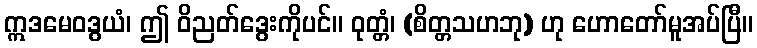
ဣဒမေဝဒွယံ၊ ဤ ဝိညတ်ဒွေးကိုပင်။ ဝုတ္တံ၊ (စိတ္တသဟဘု) ဟု ဟောတော်မူအပ်ပြီ။